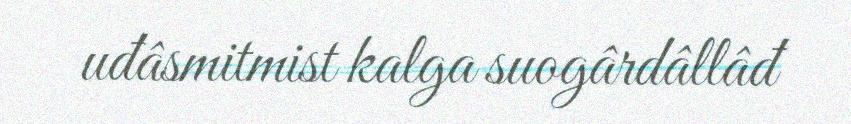
uđâsmitmist kalga suogârdâllâđ